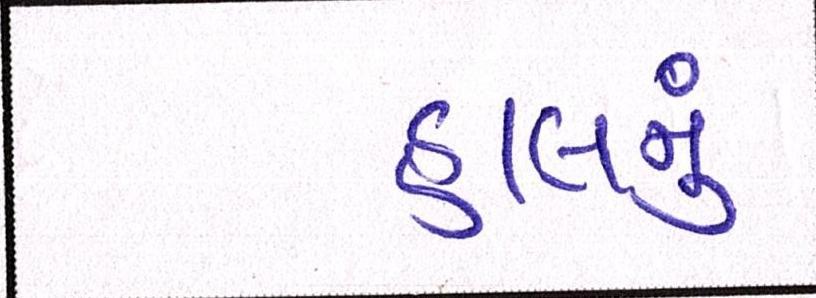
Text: હાલનું